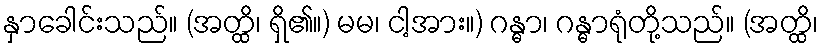
နှာခေါင်းသည်။ (အတ္ထိ၊ ရှိ၏။) မမ၊ ငါ့အား။) ဂန္ဓာ၊ ဂန္ဓာရုံတို့သည်။ (အတ္ထိ၊